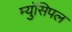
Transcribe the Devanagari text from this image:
म्युंसिपल